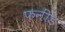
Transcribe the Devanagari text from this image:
फनींड